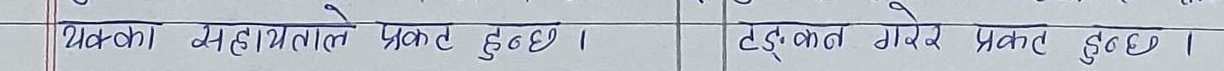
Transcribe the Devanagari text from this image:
यसका सहायताले प्रकट हुन्छ।  टड्कार गरेर प्रकट हुन्छ।